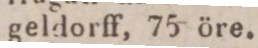
geldorff, 75 öre.